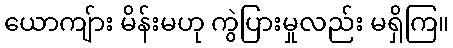
ယောကျ်ား မိန်းမဟု ကွဲပြားမှုလည်း မရှိကြ။